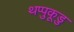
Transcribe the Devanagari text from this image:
थप्पुकूडु